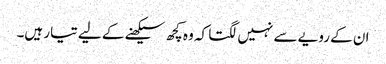
ان کے رویے سے نہیں لگتا کہ وہ کچھ سیکھنے کے لیے تیار ہیں۔